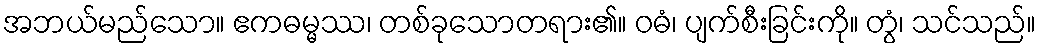
အဘယ်မည်သော။ ဧကဓမ္မဿ၊ တစ်ခုသောတရား၏။ ဝဓံ၊ ပျက်စီးခြင်းကို။ တွံ၊ သင်သည်။